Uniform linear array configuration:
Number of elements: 4
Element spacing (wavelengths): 0.5
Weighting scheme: exponential
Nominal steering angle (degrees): -45
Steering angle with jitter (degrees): -46.107
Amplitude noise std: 0.05
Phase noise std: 0.05

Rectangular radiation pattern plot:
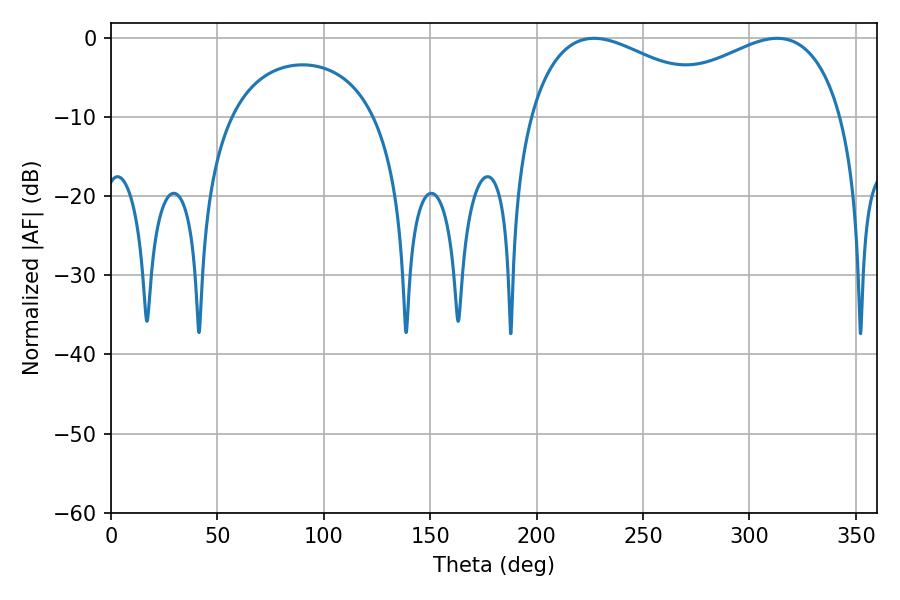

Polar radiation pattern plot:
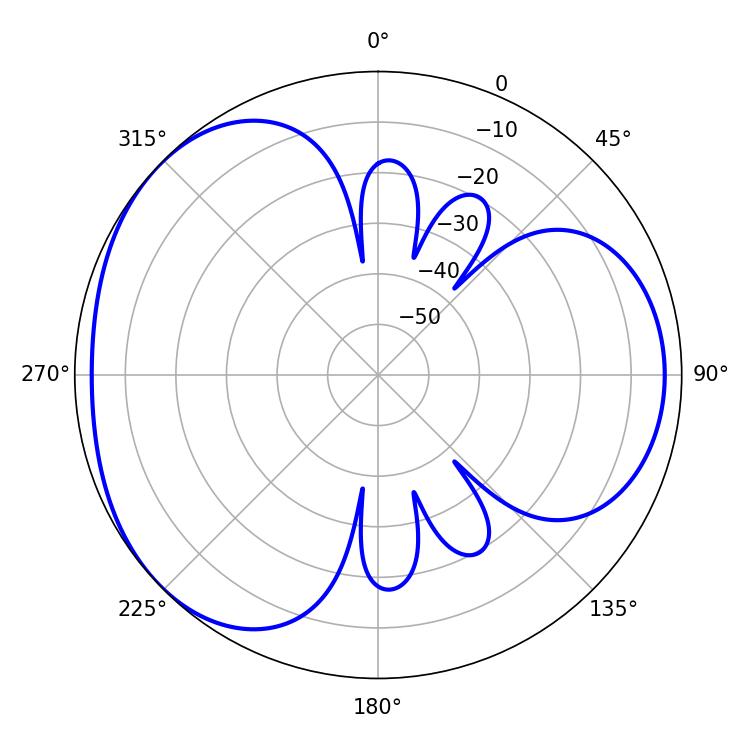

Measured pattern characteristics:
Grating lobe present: FALSE
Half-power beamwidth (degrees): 52.02
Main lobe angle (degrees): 226.98